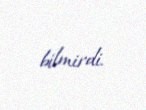
bilmirdi.